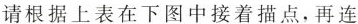
请根据上表在下图中接着描点，再连